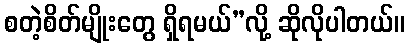
စတဲ့စိတ်မျိုးတွေ ရှိရမယ်”လို့ ဆိုလိုပါတယ်။